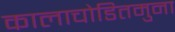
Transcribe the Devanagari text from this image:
कालाचोडितमुना